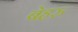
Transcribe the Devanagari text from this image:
बेहरु